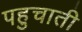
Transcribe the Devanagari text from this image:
पहुचाती